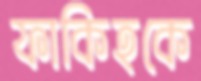
ফাকিহকে